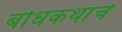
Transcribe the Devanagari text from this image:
बोधकथांचे